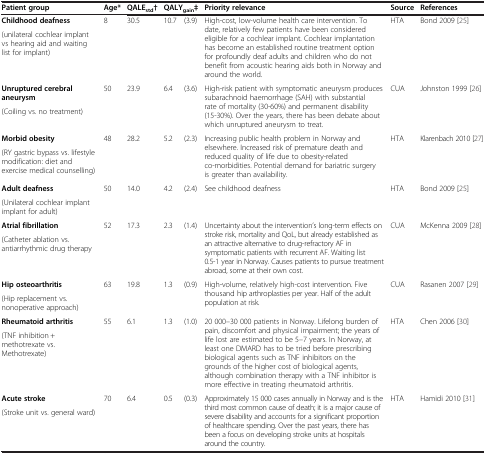
<table><thead><tr><td><b>Patient group</b></td><td><b>Age*</b></td><td><b>QALE<sub>std</sub>†</b></td><td colspan="2"><b>QALY<sub>gain</sub>‡</b></td><td><b>Priority relevance</b></td><td><b>Source</b></td><td><b>References</b></td></tr></thead><tbody><tr><td><b>Childhood deafness</b></td><td rowspan="2">8</td><td rowspan="2">30.5</td><td rowspan="2">10.7</td><td rowspan="2">(3.9)</td><td rowspan="2">High-cost, low-volume health care intervention. To date, relatively few patients have been considered eligible for a cochlear implant. Cochlear implantation has become an established routine treatment option for profoundly deaf adults and children who do not benefit from acoustic hearing aids both in Norway and around the world.</td><td rowspan="2">HTA</td><td rowspan="2">Bond 2009 [25]</td></tr><tr><td>(unilateral cochlear implant vs hearing aid and waiting list for implant)</td></tr><tr><td><b>Unruptured cerebral aneurysm</b></td><td rowspan="2">50</td><td rowspan="2">23.9</td><td rowspan="2">6.4</td><td rowspan="2">(3.6)</td><td rowspan="2">High-risk patient with symptomatic aneurysm produces subarachnoid haemorrhage (SAH) with substantial rate of mortality (30-60%) and permanent disability (15-30%). Over the years, there has been debate about which unruptured aneurysm to treat.</td><td rowspan="2">CUA</td><td rowspan="2">Johnston 1999 [26]</td></tr><tr><td>(Coiling vs. no treatment)</td></tr><tr><td><b>Morbid obesity</b></td><td rowspan="2">48</td><td rowspan="2">28.2</td><td rowspan="2">5.2</td><td rowspan="2">(2.3)</td><td rowspan="2">Increasing public health problem in Norway and elsewhere. Increased risk of premature death and reduced quality of life due to obesity-related co-morbidities. Potential demand for bariatric surgery is greater than availability.</td><td rowspan="2">HTA</td><td rowspan="2">Klarenbach 2010 [27]</td></tr><tr><td>(RY gastric bypass vs. lifestyle modification: diet and exercise medical counselling)</td></tr><tr><td><b>Adult deafness</b></td><td rowspan="2">50</td><td rowspan="2">14.0</td><td rowspan="2">4.2</td><td rowspan="2">(2.4)</td><td rowspan="2">See childhood deafness</td><td rowspan="2">HTA</td><td rowspan="2">Bond 2009 [25]</td></tr><tr><td>(Unilateral cochlear implant implant for adult)</td></tr><tr><td><b>Atrial fibrillation</b></td><td rowspan="2">52</td><td rowspan="2">17.3</td><td rowspan="2">2.3</td><td rowspan="2">(1.4)</td><td rowspan="2">Uncertainty about the intervention‘s long-term effects on stroke risk, mortality and QoL, but already established as an attractive alternative to drug-refractory AF in symptomatic patients with recurrent AF. Waiting list 0.5-1 year in Norway. Causes patients to pursue treatment abroad, some at their own cost.</td><td rowspan="2">CUA</td><td rowspan="2">McKenna 2009 [28]</td></tr><tr><td>(Catheter ablation vs. antiarrhythmic drug therapy</td></tr><tr><td><b>Hip osteoarthritis</b></td><td rowspan="2">63</td><td rowspan="2">19.8</td><td rowspan="2">1.3</td><td rowspan="2">(0.9)</td><td rowspan="2">High-volume, relatively high-cost intervention. Five thousand hip arthroplasties per year. Half of the adult population at risk.</td><td rowspan="2">CUA</td><td rowspan="2">Rasanen 2007 [29]</td></tr><tr><td>(Hip replacement vs. nonoperative approach)</td></tr><tr><td><b>Rheumatoid arthritis</b></td><td rowspan="2">55</td><td rowspan="2">6.1</td><td rowspan="2">1.3</td><td rowspan="2">(1.0)</td><td rowspan="2">20 000–30 000 patients in Norway. Lifelong burden of pain, discomfort and physical impairment; the years of life lost are estimated to be 5–7 years. In Norway, at least one DMARD has to be tried before prescribing biological agents such as TNF inhibitors on the grounds of the higher cost of biological agents, although combination therapy with a TNF inhibitor is more effective in treating rheumatoid arthritis.</td><td rowspan="2">HTA</td><td rowspan="2">Chen 2006 [30]</td></tr><tr><td>(TNF inhibition + methotrexate vs. Methotrexate)</td></tr><tr><td><b>Acute stroke</b></td><td>70</td><td>6.4</td><td>0.5</td><td>(0.3)</td><td>Approximately 15 000 cases annually in Norway and is the third most common cause of death; it is a major cause of severe disability and accounts for a significant proportion of healthcare spending. Over the past years, there has been a focus on developing stroke units at hospitals around the country.</td><td>HTA</td><td>Hamidi 2010 [31]</td></tr><tr><td>(Stroke unit vs. general ward)</td><td> </td><td> </td><td> </td><td> </td><td> </td><td> </td><td> </td></tr></tbody></table>